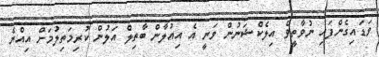
ވަޑައިގެންފައި ނުވާތީވެ އިލެކްޝަނުން ވަނީ އެ އިއުލާން ބާތިލް އަލުން ކުރިމަތިލުމަށް އިއްޔެ